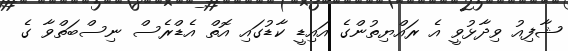
ޝާފިއު ވިދާޅުވީ އެ ރައްޔިތުންގެ އައިޑީ ކާޑުގައި އޮތް އެޑްރެސް ނިސްބަތްވާ ގެ